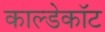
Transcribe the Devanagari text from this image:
काल्डेकॉट